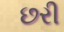
છરી